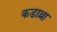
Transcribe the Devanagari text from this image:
कडाव्रा